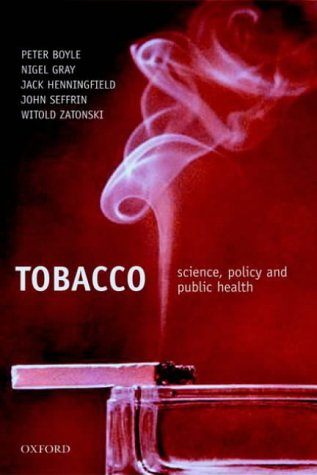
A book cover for Tobacco: Science, Policy and Public Health; Science & Math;